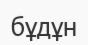
бұдұн